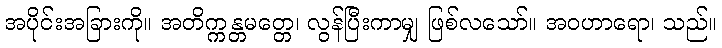
အပိုင်းအခြားကို။ အတိက္ကန္တမတ္တေ၊ လွန်ပြီးကာမျှ ဖြစ်လသော်။ အဝဟာရော၊ သည်။